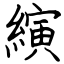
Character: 縯